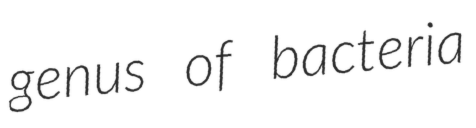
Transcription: genus of bacteria